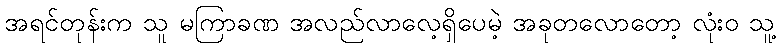
အရင်တုန်းက သူ မကြာခဏ အလည်လာလေ့ရှိပေမဲ့ အခုတလောတော့ လုံးဝ သူ့